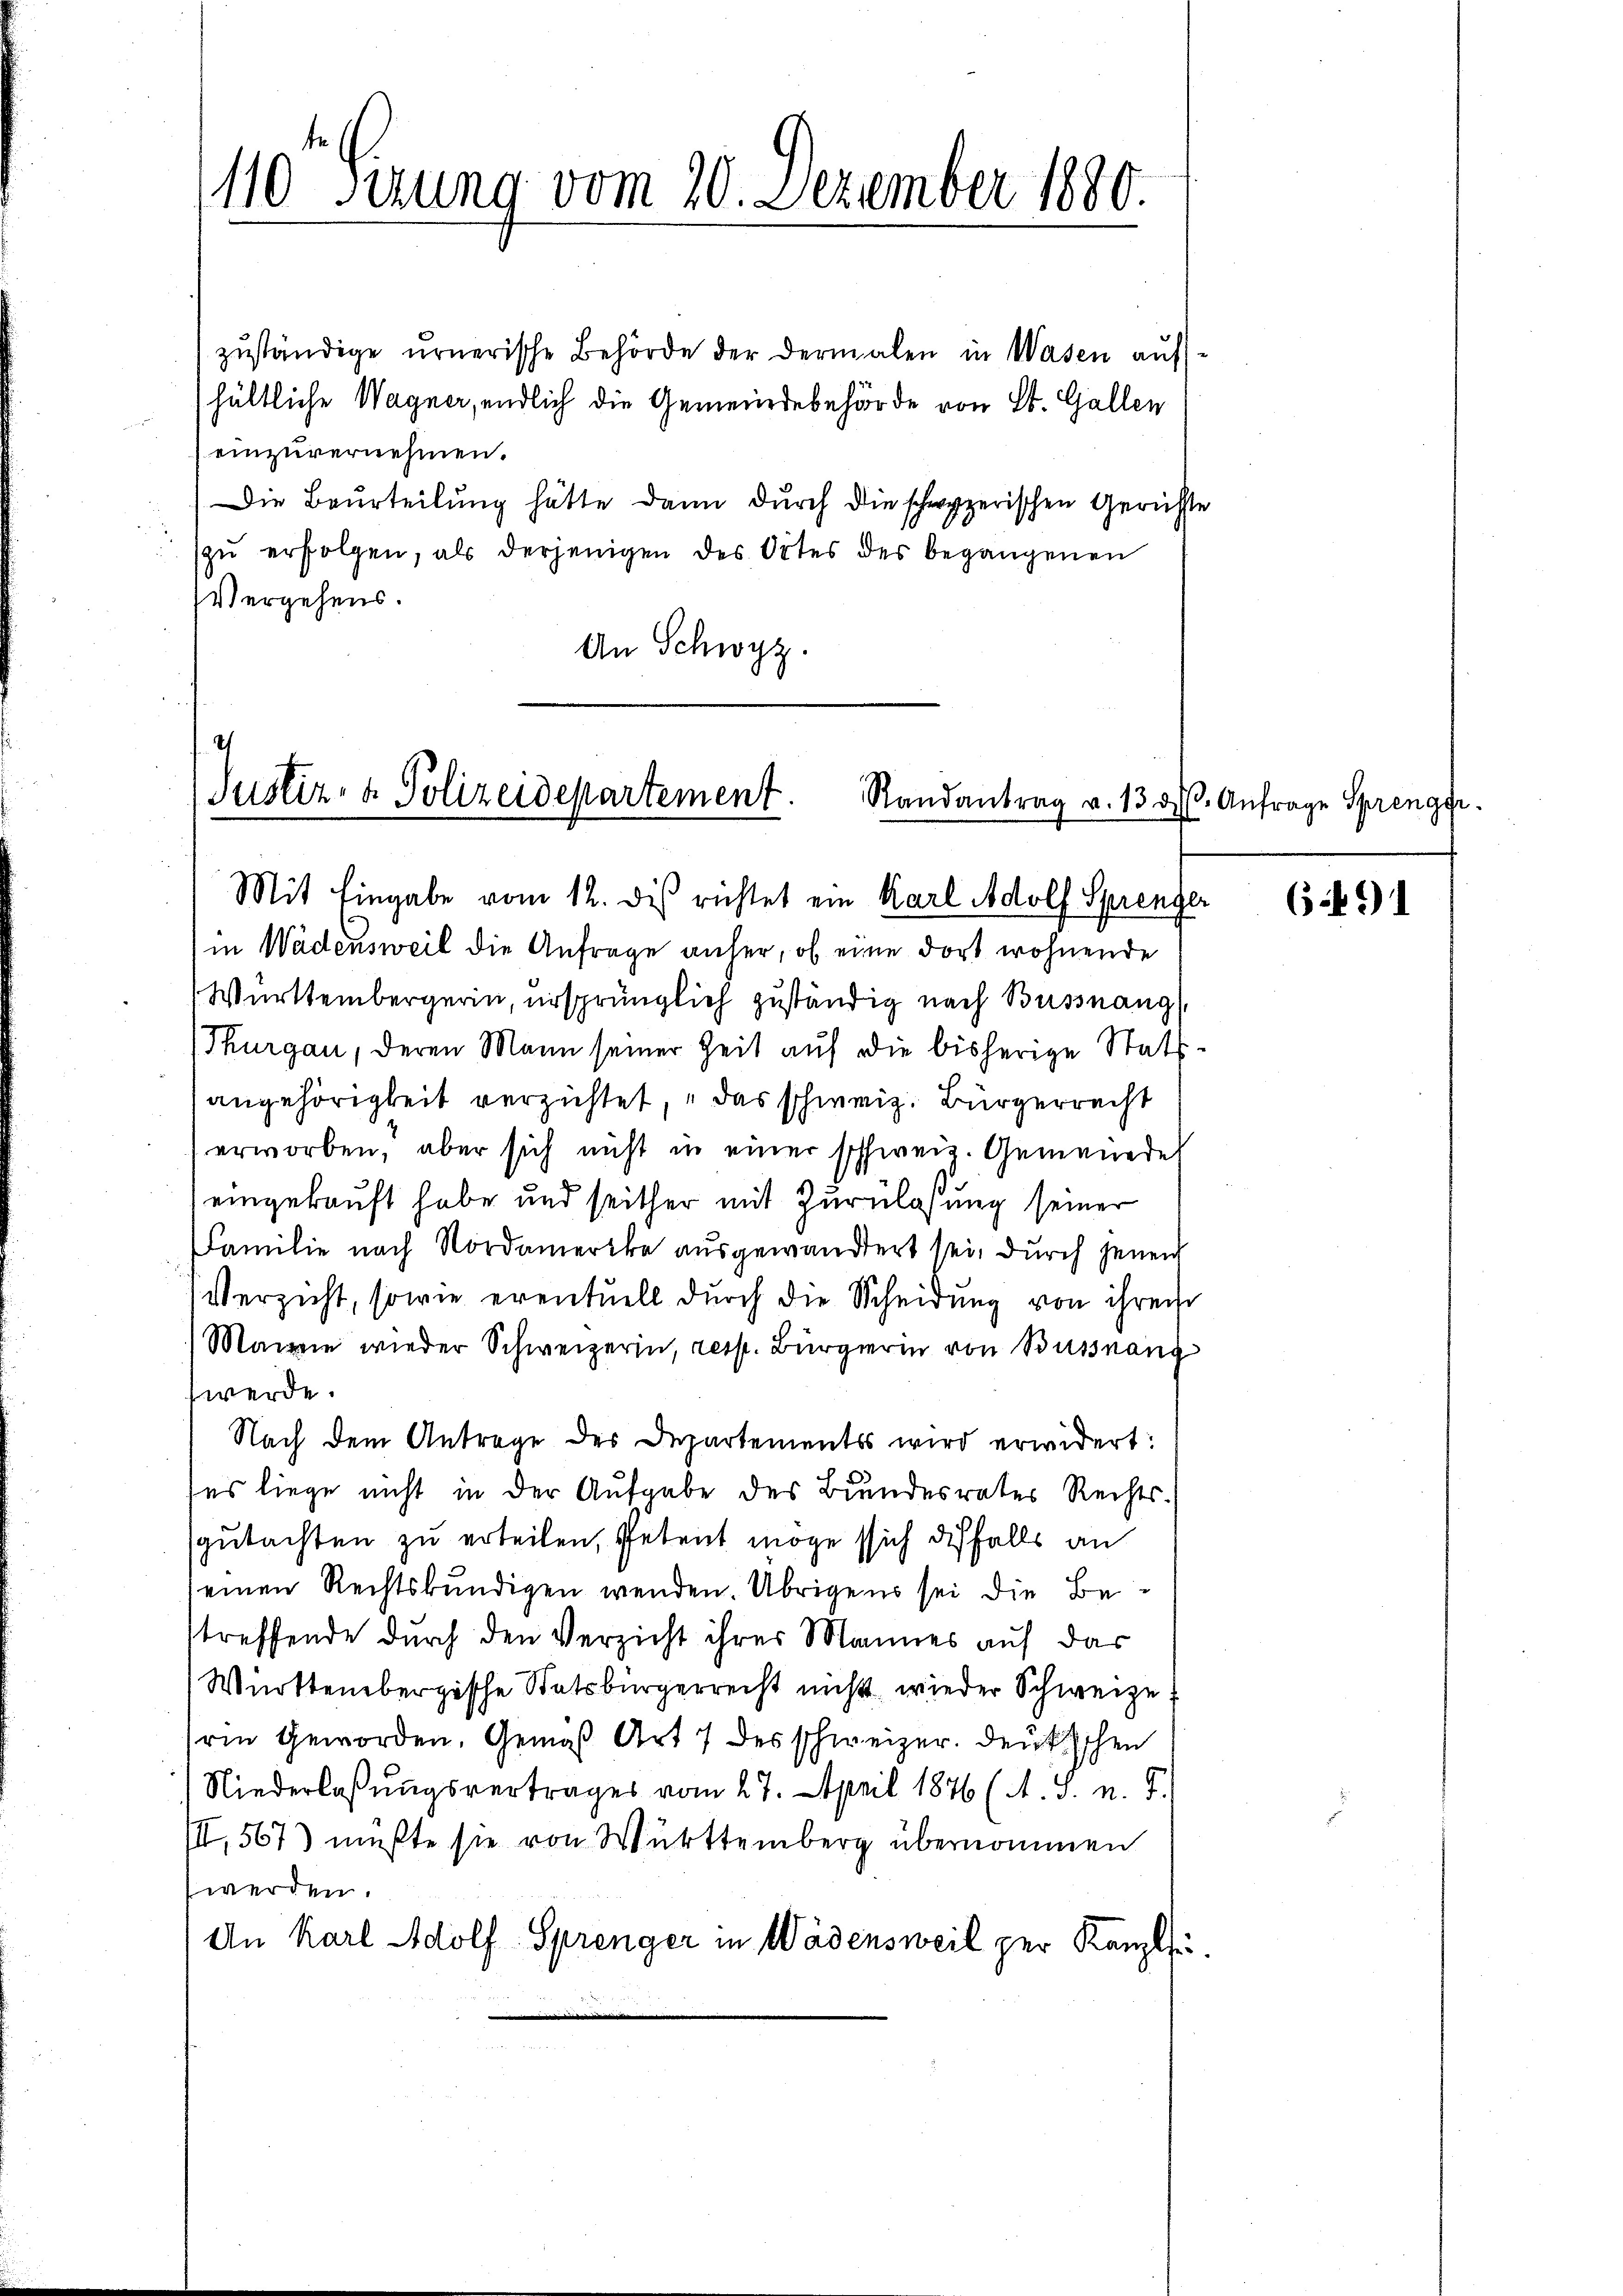
110 Sirung vom 20. Dezember 1880.

zŭständige ernerische Behörde der dermalen in Wasen aŭf-
hältliche Wagner, endlich die Gemeindebehörde von St. Gallen
einzuvernehmen.
Die Beurteilung hätte dann durch die schwyzerischen Gerichte
zŭ erfolgen, als derjenigen des Ortes des begangenen
Vergehens.
An Schwyz.

I
Justiz- & Polizeidepartement.
Randantrag v. 13. d.

Mit Eingabe vom 12. des richtet ein Karl Adolf Sprenger
in Wädensweil die Anfrage anher, ob eine dort wohnende
Württembergerin, ursprünglich zuständig nach Büssnang
Thurgau, deren Mann seiner Zeit auf die bisherige Stattangehörigkeit verzichtet, das schweiz. Bürgerrecht
erworben, aber sich nicht in einer schweiz. Gemeinde
eingekauft habe und seither mit Zurulassung seiner
Familie nach Nordamerika ausgewandert sei, durch jenen
Verzicht, sowie eventuell durch die Scheidung von ihren
Mainie wieder Schweizerin, resp. Bürgerin von Bussnang
werde.
Nach dem Antrage des Departements wird erwidert:
ses liege nicht in der Aufgabe des Bundesrates Rechts-
gutachten zu erteilen, Petent möge sich diesfalls an
einen Rechtskundigen wenden. Übrigens sei die Bestreffende durch den Verzicht ihres Mannes auf das
Württembergische Statsbürgerrecht nicht wieder Schweize
rin Geworden. Gemäß Art 7 des schweizer. Deutschen
Niederlaßungsvertrages vom 27. April 1876 (A. v. n. F.
III, 567 mußte sie von Württemberg übernommen
werden.
An Karl Adolf Sprenger in Wädensweil zur Kanzle

3. Anfrage Sprenger.

6491